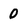
Character: 0